Source: Handwritten
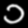
Digit: ၁ (1)